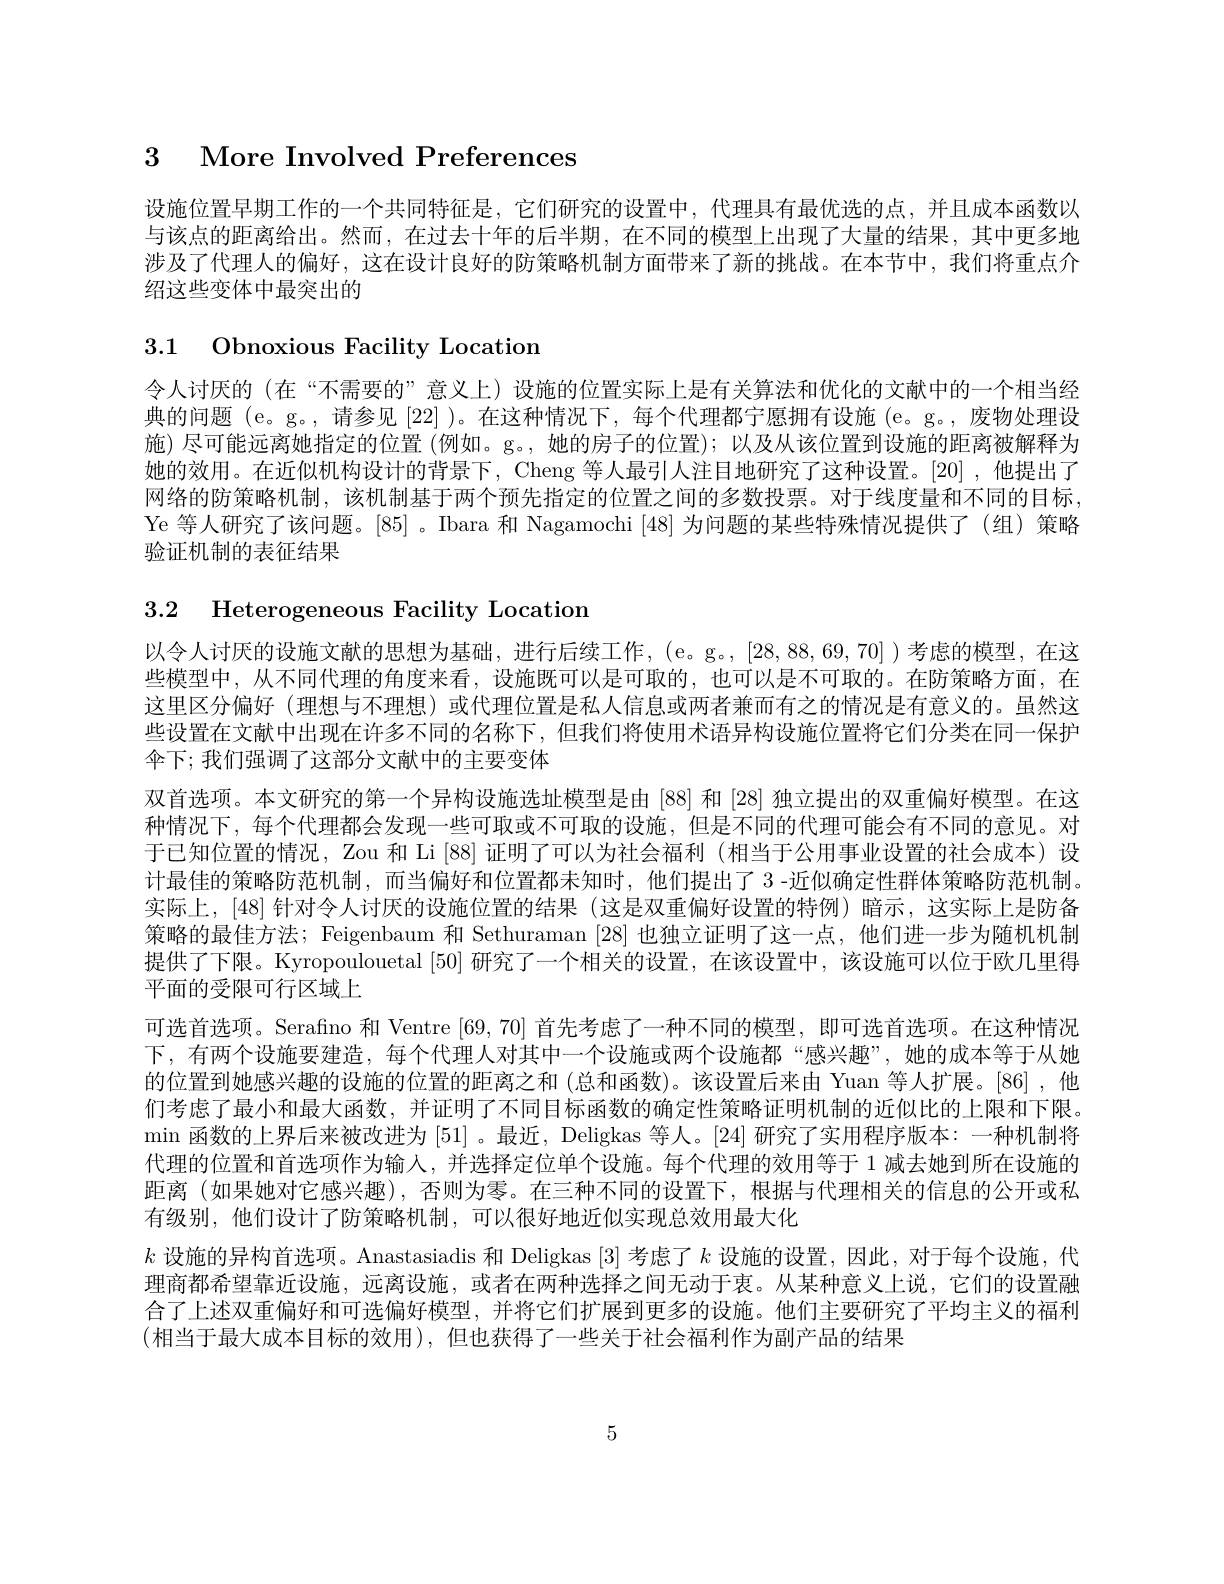
$\begin{array}{cc}3&\text{More Involved Preferences}\end{array}$

设施位置早期工作的一个共同特征是，它们研究的设置中，代理具有最优选的点，并且成本函数以与该点的距离给出。然而，在过去十年的后半期，在不同的模型上出现了大量的结果，其中更多地涉及了代理人的偏好，这在设计良好的防策略机制方面带来了新的挑战。在本节中，我们将重点介绍这些变体中最突出的

# 3.1 Obnoxious Facility Location

令人讨厌的 (在“不需要的”意义上)设施的位置实际上是有关算法和优化的文献中的一个相当经典的问题 (e。g。,请参见[22] )。在这种情况下，每个代理都宁愿拥有设施 (e。g。,废物处理设施)尽可能远离她指定的位置 (例如。g。, 她的房子的位置); 以及从该位置到设施的距离被解释为她的效用。在近似机构设计的背景下，Cheng 等人最引人注目地研究了这种设置。[20] ,他提出了网络的防策略机制，该机制基于两个预先指定的位置之间的多数投票。对于线度量和不同的目标Ye 等人研究了该问题。[85] 。Ibara 和 Nagamochi [48]为问题的某些特殊情况提供了(组)策略验证机制的表征结果

3.2 Heterogeneous Facility Location

以令人讨厌的设施文献的思想为基础，进行后续工作，(e。g.,[28,88,69,70])考虑的模型，在这些模型中，从不同代理的角度来看，设施既可以是可取的，也可以是不可取的。在防策略方面，在这里区分偏好(理想与不理想)或代理位置是私人信息或两者兼而有之的情况是有意义的。虽然这些设置在文献中出现在许多不同的名称下，但我们将使用术语异构设施位置将它们分类在同一保护伞下；我们强调了这部分文献中的主要变体
双首选项。本文研究的第一个异构设施选址模型是由 [88] 和 [28] 独立提出的双重偏好模型。在这种情况下，每个代理都会发现一些可取或不可取的设施，但是不同的代理可能会有不同的意见。对于已知位置的情况，Zou 和 Li[88] 证明了可以为社会福利 (相当于公用事业设置的社会成本)设计最佳的策略防范机制，而当偏好和位置都未知时，他们提出了 3 -近似确定性群体策略防范机制。实际上，[48] 针对令人讨厌的设施位置的结果 (这是双重偏好设置的特例) 暗示，这实际上是防备策略的最佳方法；Feigenbaum 和 Sethuraman [28]也独立证明了这一点，他们进一步为随机机制提供了下限。Kyropoulouetal [50] 研究了一个相关的设置，在该设置中，该设施可以位于欧几里得平面的受限可行区域上
可选首选项。Serafino 和 Ventre [69,70]首先考虑了一种不同的模型，即可选首选项。在这种情况下，有两个设施要建造，每个代理人对其中一个设施或两个设施都“感兴趣”,她的成本等于从她的位置到她感兴趣的设施的位置的距离之和 (总和函数)。该设置后来由 Yuan 等人扩展。[86] ,他们考虑了最小和最大函数，并证明了不同目标函数的确定性策略证明机制的近似比的上限和下限。$\min$函数的上界后来被改进为[51] 。最近，Deligkas 等人。[24]研究了实用程序版本：一种机制将代理的位置和首选项作为输人，并选择定位单个设施。每个代理的效用等于 1 减去她到所在设施的距离 (如果她对它感兴趣),否则为零。在三种不同的设置下，根据与代理相关的信息的公开或私有级别，他们设计了防策略机制，可以很好地近似实现总效用最大化
$k$设施的异构首选项。Anastasiadis 和 Deligkas [3]考虑了$k$设施的设置，因此，对于每个设施，代理商都希望靠近设施，远离设施，或者在两种选择之间无动于衷。从某种意义上说，它们的设置融合了上述双重偏好和可选偏好模型，并将它们扩展到更多的设施。他们主要研究了平均主义的福利(相当于最大成本目标的效用),但也获得了一些关于社会福利作为副产品的结果

5